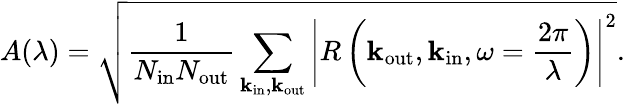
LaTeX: A(\lambda)=\sqrt{\frac{1}{N_{\mathrm{in}}N_{\mathrm{out}}}\sum_{{\mathbf k}_{\mathrm{in}},{\mathbf k}_{\mathrm{out}}}\left|R\left({\mathbf k}_{\mathrm{out}},{\mathbf k}_{\mathrm{in}},\omega=\frac{2\pi}{\lambda}\right)\right|^{2}}.